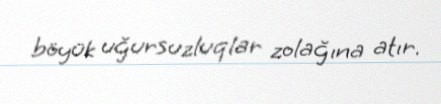
böyük uğursuzluqlar zolağına atır.